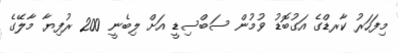
މިފަހަރު ކާރޑްގެ އަގުބޮޑު ވުމުން ސަބްސިޑީ އަށް ލިބެނީ 200 ރުފިޔާ މާލޭގެ